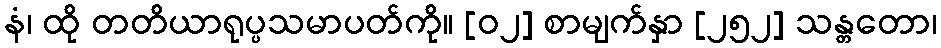
နံ၊ ထို တတိယာရုပ္ပသမာပတ်ကို။ [၀၂] စာမျက်နှာ [၂၅၂] သန္တတော၊